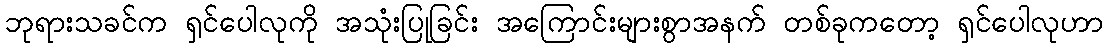
ဘုရားသခင်က ရှင်ပေါလုကို အသုံးပြုခြင်း အကြောင်းများစွာအနက် တစ်ခုကတော့ ရှင်ပေါလုဟာ